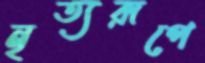
নৃত্যরূপে